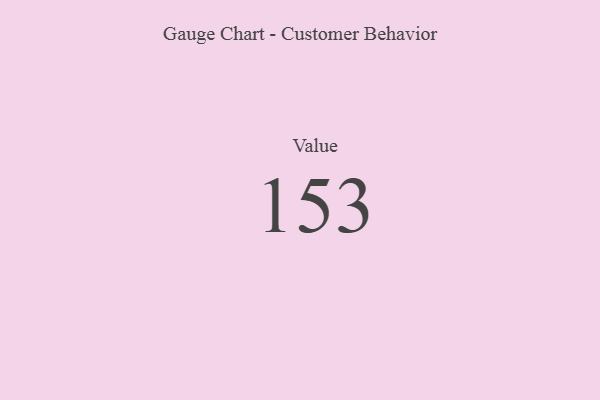
{"axis": {"x": "Metric", "y": "Value"}, "legend": [""], "data": [{"x": "Value", "y": 153, "type": ""}]}